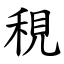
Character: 䅐